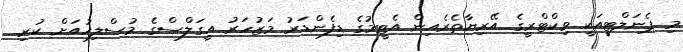
މި ޕެނަލްޓީއަކީ ވިކްޓްރީގެ އޭރިޔާތެރެއިން އެޓީމުގެ ޑިފެންޑަރު މަޒުހަރު އީގަލްސްގެ މުސްލިހުއަށް ކުރި